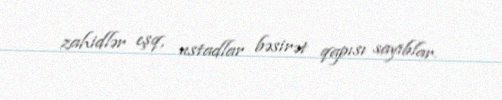
zahidlər eşq, ustadlar bəsirət qapısı sayıblar.